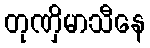
တုဏှိမာသီနေ